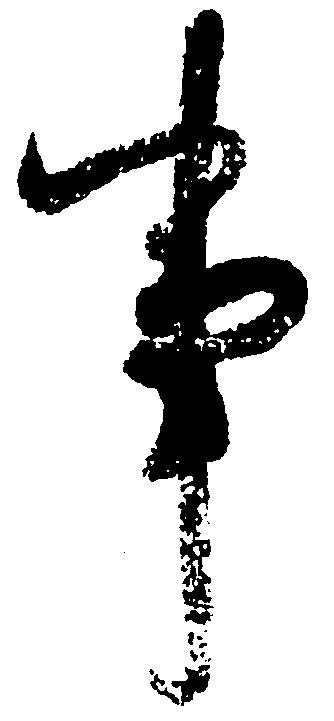
事